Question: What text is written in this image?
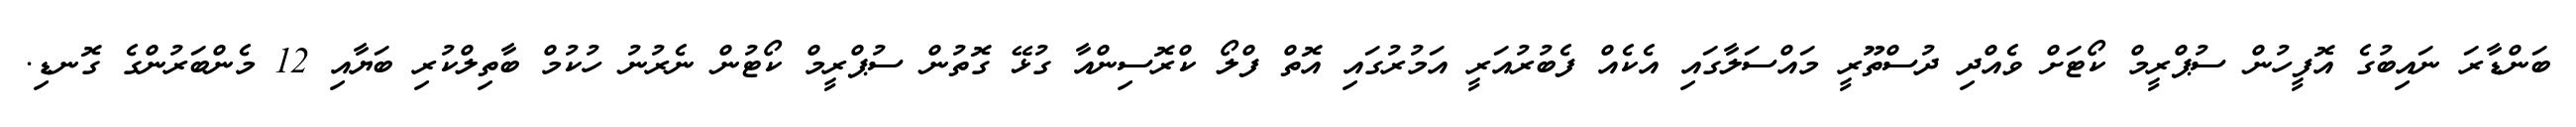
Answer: ބަންޑާރަ ނައިބުގެ އޮފީހުން ސުޕްރީމް ކޯޓަށް ވެއްދި ދުސްތޫރީ މައްސަލާގައި އެކެއް ފެބުރުއަރީ އަމުރުގައި އޮތް ފްލޯ ކްރޮސިންއާ ގުޅޭ ގޮތުން ސުޕްރީމް ކޯޓުން ނެރުނު ހުކުމް ބާތިލްކުރި ބަޔާއި 12 މެންބަރުންގެ ގޮނޑި.